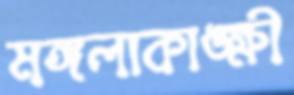
মঙ্গলাকাঙ্ক্ষী